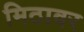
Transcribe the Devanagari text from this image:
मिठावर